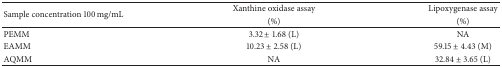
<table><thead><tr><td rowspan="2"><b>Sample concentration 100 mg/mL</b></td><td><b>Xanthine oxidase assay</b></td><td><b>Lipoxygenase assay</b></td></tr><tr><td><b>(%)</b></td><td><b>(%)</b></td></tr></thead><tbody><tr><td>PEMM</td><td>3.32 ± 1.68 (L)</td><td>NA</td></tr><tr><td>EAMM</td><td>10.23 ± 2.58 (L)</td><td>59.15 ± 4.43 (M)</td></tr><tr><td>AQMM</td><td>NA</td><td>32.84 ± 3.65 (L)</td></tr></tbody></table>